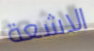
الاشعة